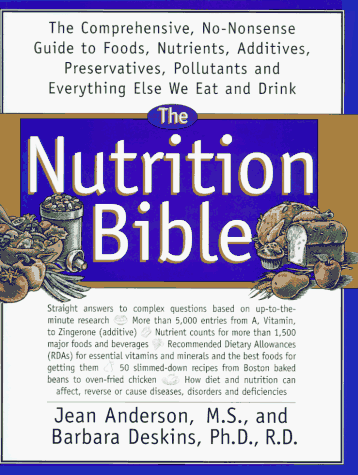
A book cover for The Nutrition Bible: The Comprehensive, No-Nonsense Guide to Foods, Nutrients, Additives, Preservatives, Pollutants, and Everything Else We Eat and; Jean Anderson; Health, Fitness & Dieting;